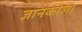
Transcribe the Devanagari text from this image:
ज्ञानकोश।